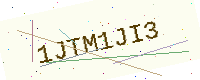
Text: 1JTM1JI3